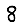
Digit: 8